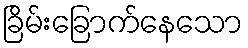
ခြိမ်းခြောက်နေသော